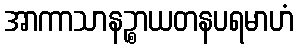
အာကာသာနဉ္စာယတနပရမာဟံ